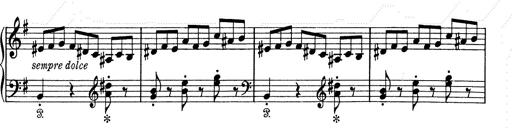
Title: 6 Polish Songs
Composer: Franz Liszt